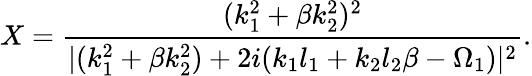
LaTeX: X=\frac{(k_{1}^{2}+\beta k_{2}^{2})^{2}}{\lvert(k_{1}^{2}+\beta k_{2}^{2})+2i(k_{1}l_{1}+k_{2}l_{2}\beta-\Omega_{1})\rvert^{2}}.